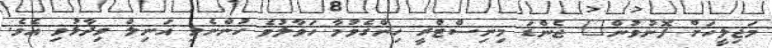
މަޖިލީހަށް ފޮނުވުން" ޖެންޑަ މިނިސްޓްރީ ހިންގެވުމާ ހަވާލުވެ ހުންނެވި އަނިލް ވިދާޅުވި އެވެ.